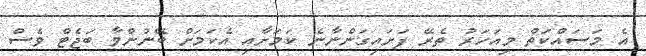
އެ މަސައްކަތް މިއަހަރު ތެރޭ ފަށައިގަންނާނެ ކަމަށާއި އެކަމަށް ބޭނުންވާ ބަޖެޓް ވެސް